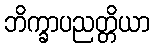
ဘိက္ခာပညတ္တိယာ